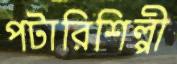
পটারিশিল্পী